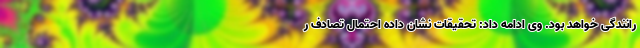
رانندگی خواهد بود. وی ادامه داد: تحقیقات نشان داده احتمال تصادف ر